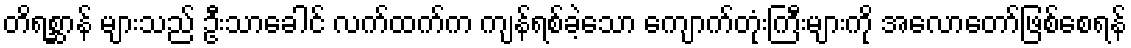
တိရစ္ဆာန် များသည် ဦးသာခေါင် လက်ထက်က ကျန်ရစ်ခဲ့သော ကျောက်တုံးကြီးများကို အလောတော်ဖြစ်စေရန်